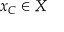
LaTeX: x _ { C } \in X